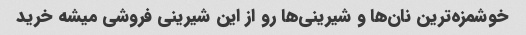
خوشمزه‌ترین نان‌ها و شیرینی‌ها رو از این شیرینی فروشی میشه خرید